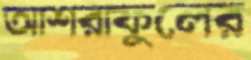
আশরাফুলের